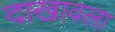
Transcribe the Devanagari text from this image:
दाखावला